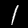
Digit: 1